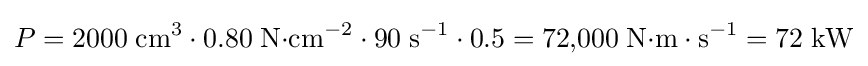
P={2000\;{\text{cm}}^{3}\cdot 0.80\;{\text{N}}{\cdot }{\text{cm}}^{-2}\cdot 90\;{\text{s}}^{-1}\cdot 0.5}=72{,}000\;{\text{N}}{\cdot }{\text{m}}\cdot {\text{s}}^{-1}=72\;{\text{kW}}